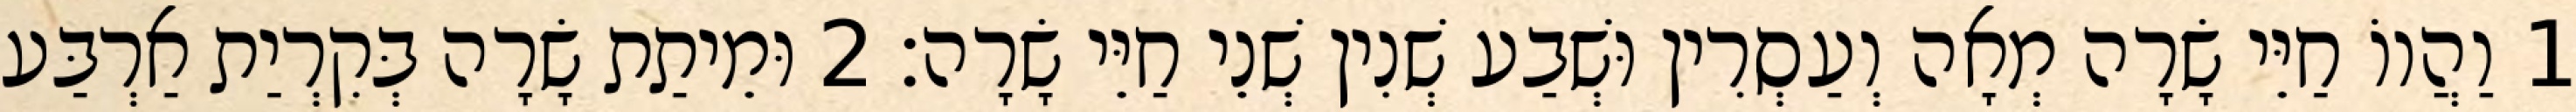
1 וַהֲווֹ חַיֵּי שָׂרָה מְאָה וְעַסְרִין וּשְׁבַע שְׁנִין שְׁנֵי חַיֵּי שָׂרָה׃ 2 וּמֵיתַת שָׂרָה בְּקִרְיַת אַרְבַּע